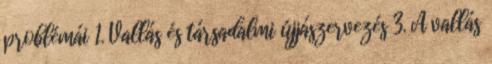
problémái 1. Vallás és társadalmi újjászervezés 3. A vallás